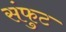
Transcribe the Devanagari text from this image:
संफुट